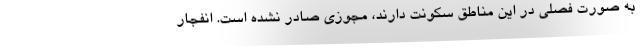
به صورت فصلی در این مناطق سکونت دارند، مجوزی صادر نشده است. انفجار